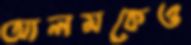
আলমকেও